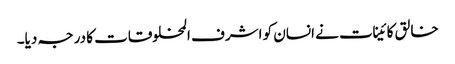
خالق کائینات نے انسان کو اشرف المخلوقات کا درجہ دیا۔